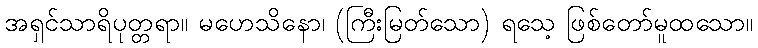
အရှင်သာရိပုတ္တရာ။ မဟေသိနော၊ (ကြီးမြတ်သော) ရသေ့ ဖြစ်တော်မူထသော။